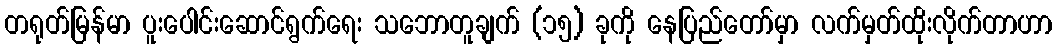
တရုတ်မြန်မာ ပူးပေါင်းဆောင်ရွက်ရေး သဘောတူချက် (၁၅) ခုကို နေပြည်တော်မှာ လက်မှတ်ထိုးလိုက်တာဟာ